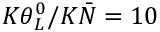
K { \theta _ { L } ^ { 0 } } / { K \bar { N } } = 1 0